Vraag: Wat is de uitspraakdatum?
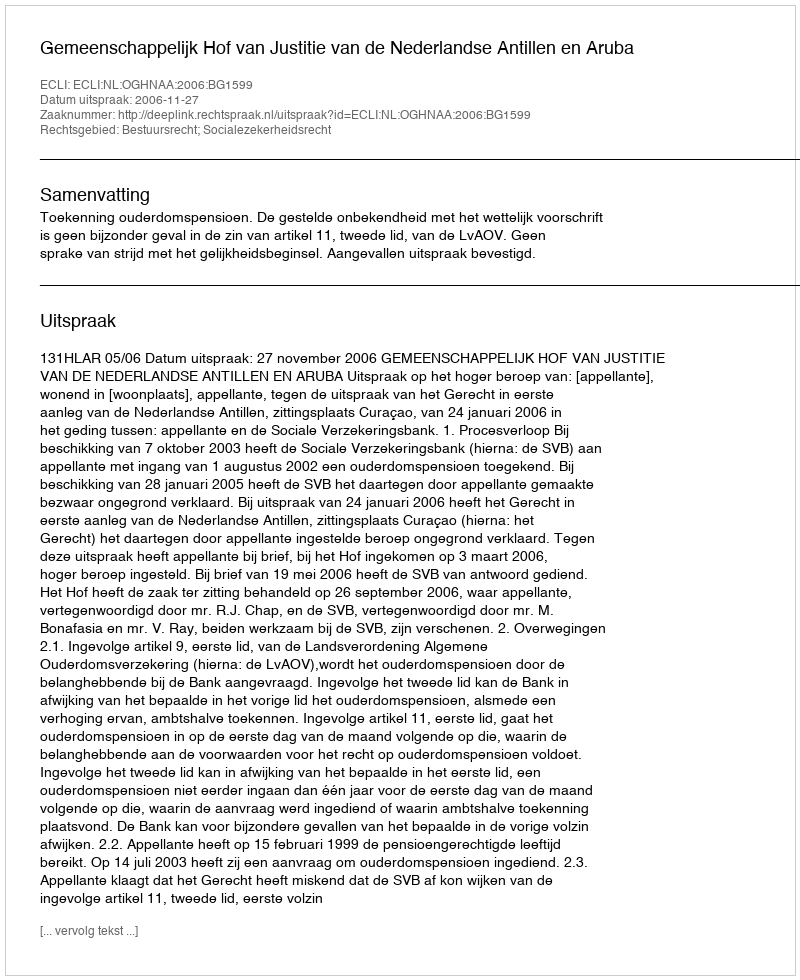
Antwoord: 2006-11-27